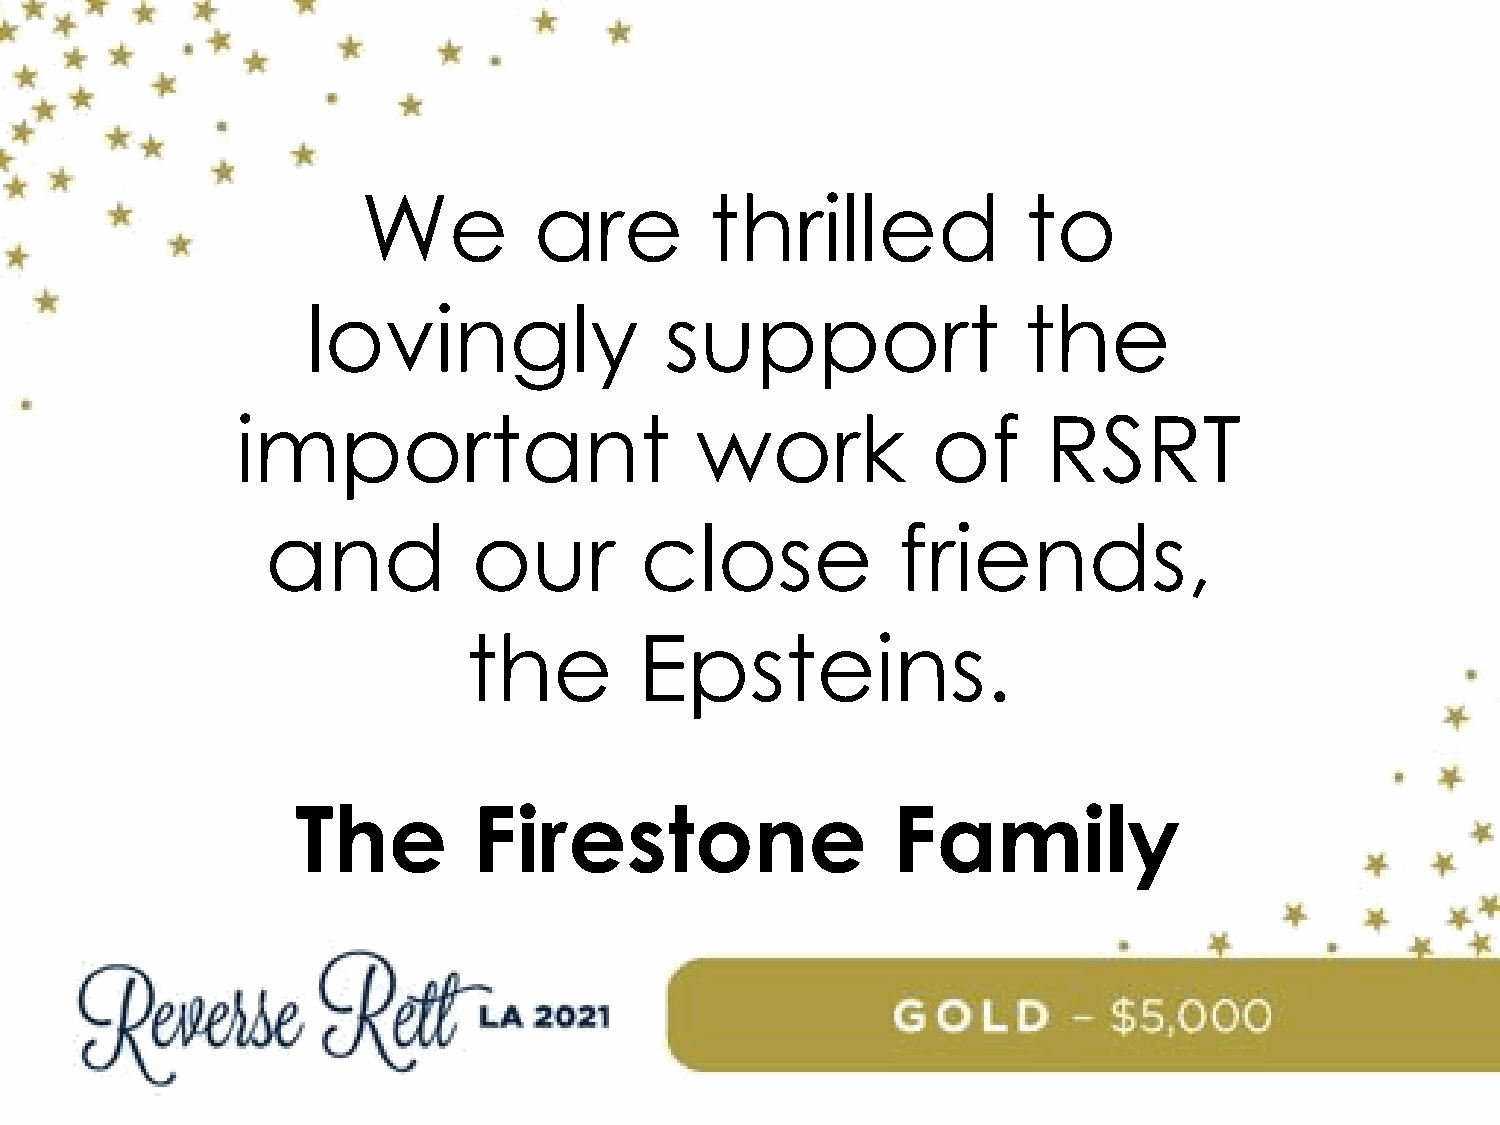
We         are         thrilled             to
 lovingly                support                 the
 important                     work            of     RSRT
 and          our        close            friends,
 the        Epsteins.
 The        Firestone                   Family